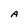
Character: A